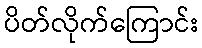
ပိတ်လိုက်ကြောင်း